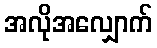
အလိုအလျှောက်